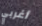
أغربي